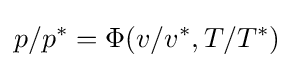
p/p^{*}=\Phi (v/v^{*},T/T^{*})